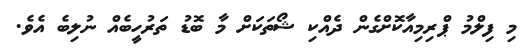
މި ފިލްމު ޕްރިމިއާކޮށްގެން ދެއްކި ޝޯތަކަށް މާ ބޮޑު ތަރުހީބެއް ނުލިބެ އެވެ.